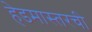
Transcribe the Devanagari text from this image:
हेडमास्तरची